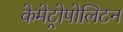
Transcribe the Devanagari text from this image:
केमेट्रोपोलिटन